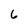
Character: 6